Insane asylums Bombay 1873-77 - 1873-1877
Year: 1873
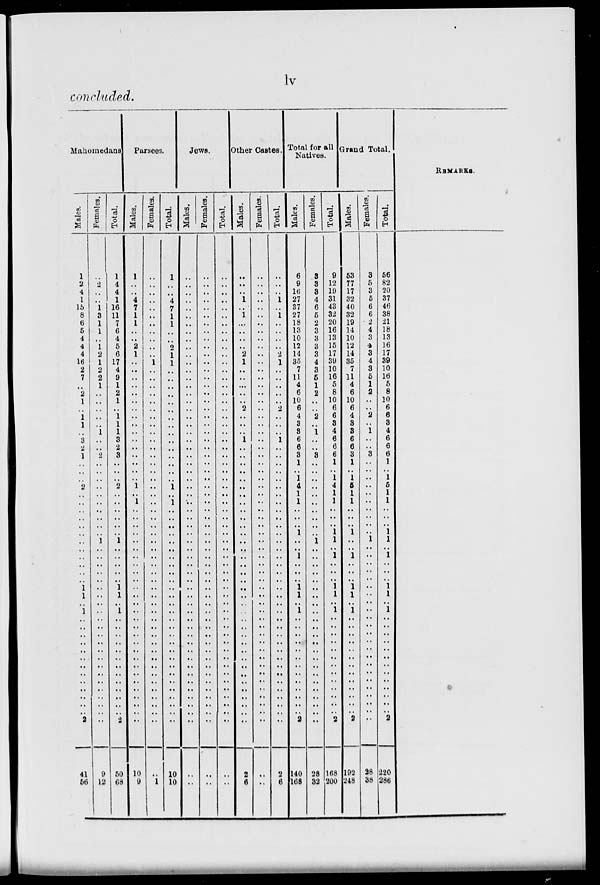
lv
concluded.
Mahomedans
Males.
1
2
4
1
15
8
6
5
4
4
4
16
2
7
..
2
1
..
1
1
..
3
2
1
..
..
..
2
..
..
..
..
..
..
..
..
..
..
..
..
1
1
..
1
..
..
..
..
..
..
..
..
..
..
..
..
..
2
41
56
Females.
..
2
..
..
1
3
1
1
..
1
2
1
2
2
1
..
..
..
..
..
1
..
..
2
..
..
..
..
..
..
..
..
..
..
1
..
..
..
..
..
..
..
..
..
..
..
..
..
..
..
..
..
..
..
..
..
..
..
9
12
Total.
1
4
4
1
16
11
7
6
4
5
6
17
4
9
1
2
1
..
1
1
1
3
2
3
..
..
..
2
..
..
..
..
..
..
1
..
..
..
..
..
1
1
..
1
..
..
..
..
..
..
..
..
..
..
..
..
..
2
50
68
Parsees.
Males.
1
..
..
4
7
1
1
..
..
2
1
..
..
..
..
..
..
..
..
..
..
..
..
..
..
..
..
1
..
1
..
..
..
..
..
..
..
..
..
..
..
..
..
..
..
..
..
..
..
..
..
..
..
..
..
..
..
..
10
9
Females.
..
..
..
..
..
..
..
..
..
..
..
1
..
..
..
..
..
..
..
..
..
..
..
..
..
..
..
..
..
..
..
..
..
..
..
..
..
..
..
..
..
..
..
..
..
..
..
..
..
..
..
..
..
..
..
..
..
..
..
1
Total.
1
..
..
4
7
1
1
..
..
2
1
1
..
..
..
..
..
..
..
..
..
..
..
..
..
..
..
1
..
1
..
..
..
..
..
..
..
..
..
..
..
..
..
..
..
..
..
..
..
..
..
..
..
..
..
..
..
..
10
10
Jews.
Males.
..
..
..
..
..
..
..
..
..
..
..
..
..
..
..
..
..
..
..
..
..
..
..
..
..
..
..
..
..
..
..
..
..
..
..
..
..
..
..
..
..
..
..
..
..
..
..
..
..
..
..
..
..
..
..
..
..
..
..
..
Females.
..
..
..
..
..
..
..
..
..
..
..
..
..
..
..
..
..
..
..
..
..
..
..
..
..
..
..
..
..
..
..
..
..
..
..
..
..
..
..
..
..
..
..
..
..
..
..
..
..
..
..
..
..
..
..
..
..
..
..
..
Total.
..
..
..
..
..
..
..
..
..
..
..
..
..
..
..
..
..
..
..
..
..
..
..
..
..
..
..
..
..
..
..
..
..
..
..
..
..
..
..
..
..
..
..
..
..
..
..
..
..
..
..
..
..
..
..
..
..
..
..
..
Other Castes.
Males.
..
..
..
1
..
1
..
..
..
..
2
1
..
..
..
..
..
2
..
..
..
1
..
..
..
..
..
..
..
..
..
..
..
..
..
..
..
..
..
..
..
..
..
..
..
..
..
..
..
..
..
..
..
..
..
..
..
..
2
6
Females.
..
..
..
..
..
..
..
..
..
..
..
..
..
..
..
..
..
..
..
..
..
..
..
..
..
..
..
..
..
..
..
..
..
..
..
..
..
..
..
..
..
..
..
..
..
..
..
..
..
..
..
..
..
..
..
..
..
..
..
..
Total.
..
..
..
1
..
1
..
..
..
..
2
1
..
..
..
..
..
2
..
..
..
1
..
..
..
..
..
..
..
..
..
..
..
..
..
..
..
..
..
..
..
..
..
..
..
..
..
..
..
..
..
..
..
..
..
..
..
..
2
6
Total for all
Natives.
Males.
6
9
16
27
37
27
18
13
10
12
14
35
7
11
4
6
10
6
4
3
3
6
6
3
1
..
1
4
1
1
..
..
..
1
..
..
1
..
..
..
1
1
..
1
..
..
..
..
..
..
..
..
..
..
..
..
..
2
140
168
Females.
3
3
3
4
6
5
2
3
3
3
3
4
3
5
1
2
..
..
2
..
1
..
..
3
..
..
..
..
..
..
..
..
..
..
1
..
..
..
..
..
..
..
..
..
..
..
..
..
..
..
..
..
..
..
..
..
..
..
28
32
Total.
9
12
19
31
43
32
20
16
13
15
17
39
10
16
5
8
10
6
6
3
4
6
6
6
1
..
1
4
1
1
..
..
..
1
1
..
1
..
..
..
1
1
..
1
..
..
..
..
..
..
..
..
..
..
..
..
..
2
168
200
Grand Total.
Males.
53
77
17
32
40
32
19
14
10
12
14
35
7
11
4
6
10
6
4
3
3
6
6
3
1
..
1
5
1
1
..
..
..
1
..
..
1
..
..
..
1
1
..
1
..
..
..
..
..
..
..
..
..
..
..
..
..
2
192
248
Females.
3
5
3
5
6
6
2
4
3
4
3
4
3
5
1
2
..
..
2
..
1
..
..
3
..
..
..
..
..
..
..
..
..
..
1
..
..
..
..
..
..
..
..
..
..
..
..
..
..
..
..
..
..
..
..
..
..
..
28
38
Total.
56
82
20
37
46
38
21
18
13
16
17
39
10
16
5
8
10
6
6
3
4
6
6
6
1
..
1
5
1
1
..
..
..
1
1
..
1
..
..
..
1
1
..
1
..
..
..
..
..
..
..
..
..
..
..
..
..
2
220
286
REMARKS.